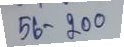
56 - 200